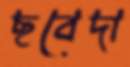
ছবেদা